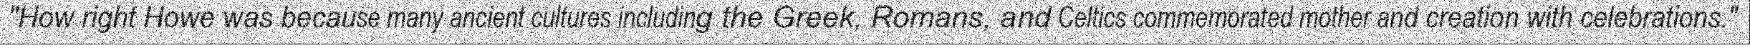
"How right Howe was because many ancient cultures including the Greek, Romans, and Celtics commemorated mother and creation with celebrations."